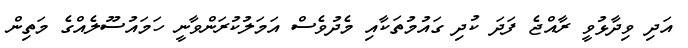
އަދި ވިދާޅުވީ ރާއްޖެ ފަދަ ކުދި ގައުމުތަކާއި މެދުވެސް އަމަލުކުރަންވާނީ ހަމައުސޫލެއްގެ މަތިން